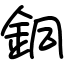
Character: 銅